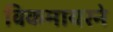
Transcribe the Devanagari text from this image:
विकमायरने